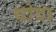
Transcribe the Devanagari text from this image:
थोदा